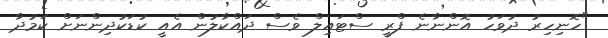
"ހޮނިހިރު ދުވަހު އޮންނާނެ ފްރީ ސްޓައިލް ވެސް ދައްކާލުން އެއީ ކުޑަކުދިންނަށް ކަމުދާ